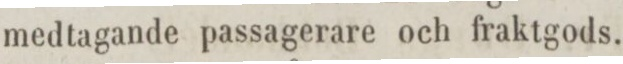
medtagande passagerare och fraktgods.